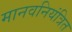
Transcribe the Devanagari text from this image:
मानवनियंत्रित